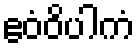
ဧဝံဝိပါကံ